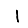
Digit: 1